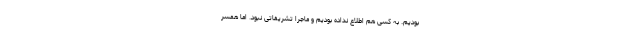
بودیم. به کسی هم اطلاع نداده بودیم و ماجرا تشریفاتی نبود. اما همسر